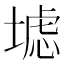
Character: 𱗠